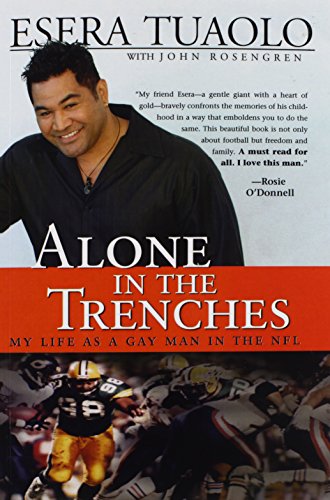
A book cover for Alone in the Trenches: My Life as a Gay Man in the NFL; Esera Tuaolo; Gay & Lesbian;